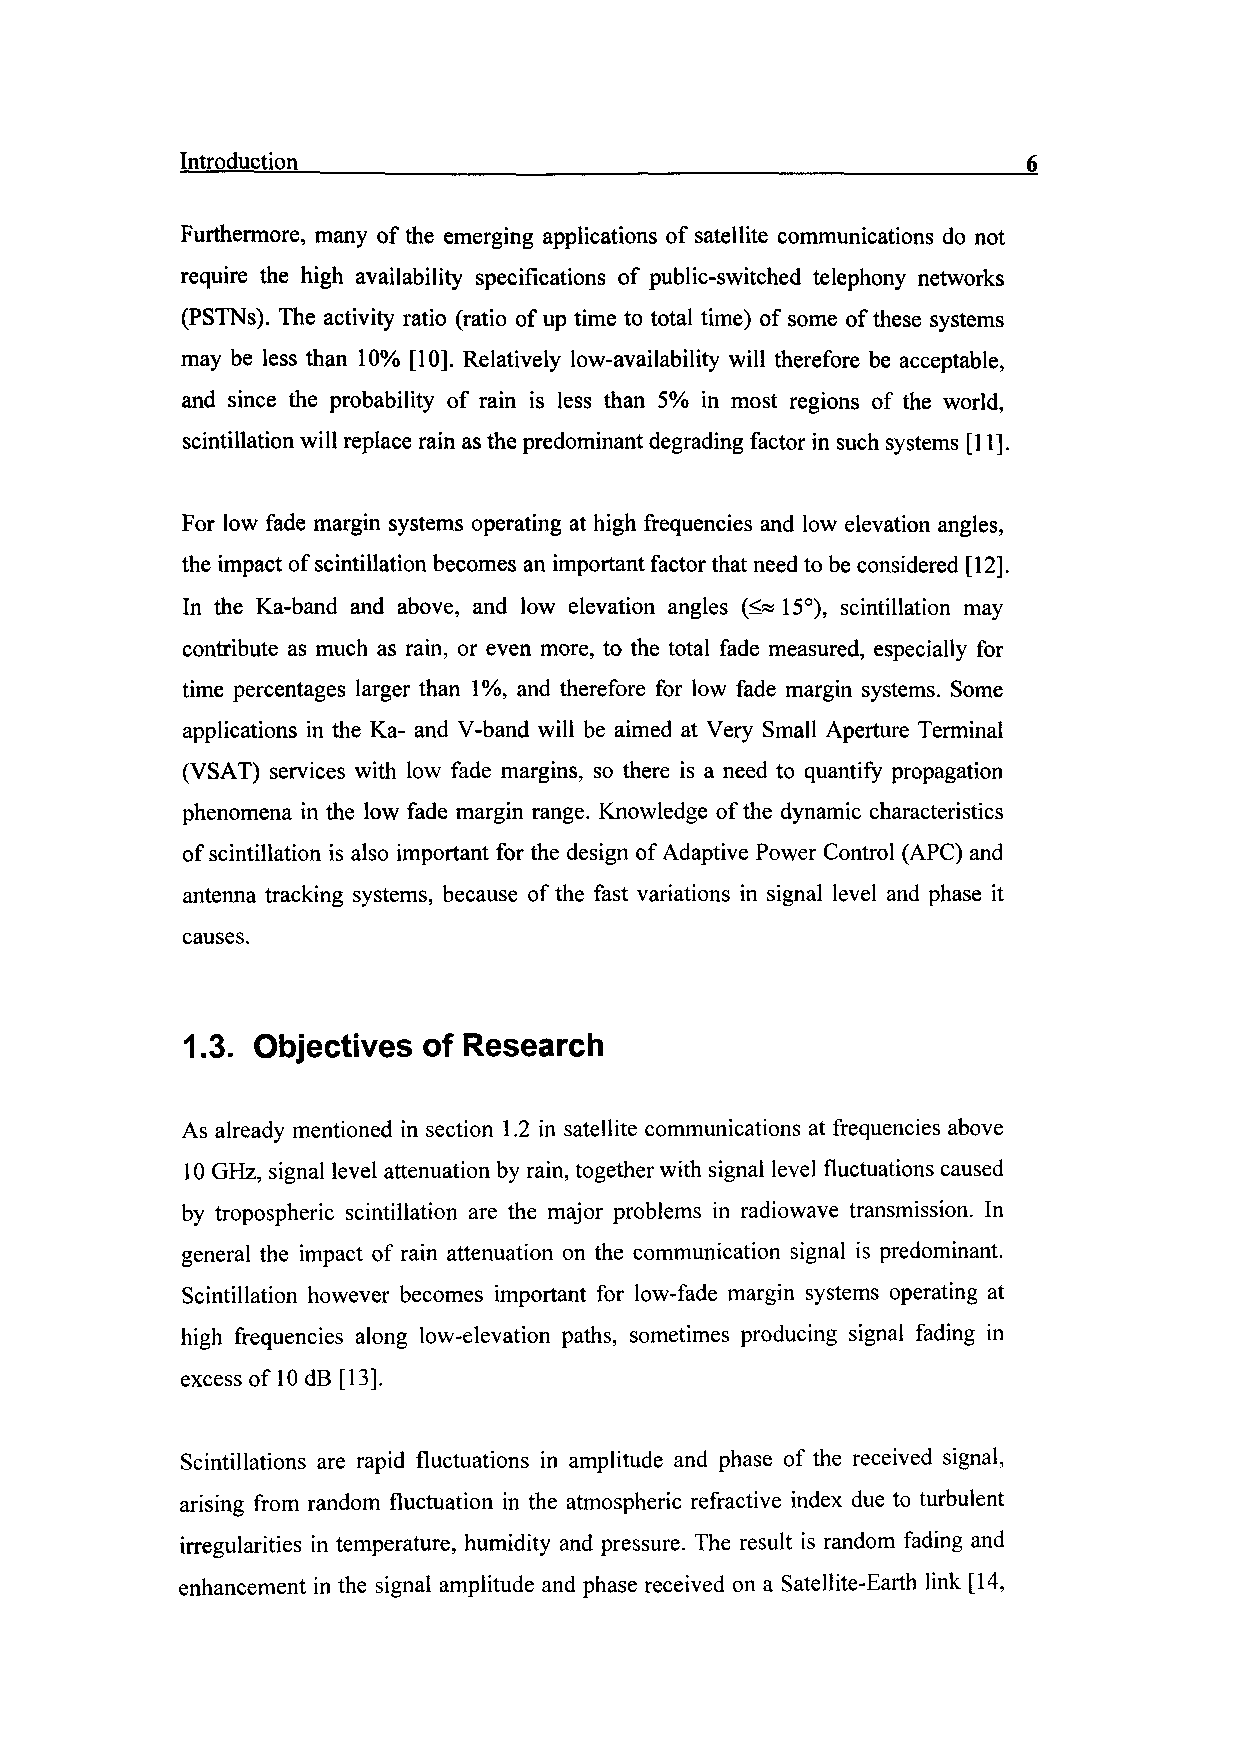
Introduction _______________________________________
 Furthermore, many of the emerging applications of satellite communications do not
 require the high availability specifications of public-switched telephony networks
 (PSTNs). The activity ratio (ratio of up time to total time) of some of these systems
 may be less than 10% [10]. Relatively low-availability will therefore be acceptable,
 and since the probability of rain is less than 5% in most regions of the world,
 scintillation will replace rain as the predominant degrading factor in such systems [11].
 For low fade margin systems operating at high frequencies and low elevation angles,
 the impact of scintillation becomes an important factor that need to be considered [12].
 In the Ka-band and above, and low elevation angles (<« 15°), scintillation may
 contribute as much as rain, or even more, to the total fade measured, especially for
 time percentages larger than 1%, and therefore for low fade margin systems. Some
 applications in the Ka- and V-band will be aimed at Very Small Aperture Terminal
 (VSAT) services with low fade margins, so there is a need to quantify propagation
 phenomena in the low fade margin range. Knowledge of the dynamic characteristics
 of scintillation is also important for the design of Adaptive Power Control (APC) and
 antenna tracking systems, because of the fast variations in signal level and phase it
 causes.
 1.3. Objectives of Research
 As already mentioned in section 1.2 in satellite communications at frequencies above
 10 GHz, signal level attenuation by rain, together with signal level fluctuations caused
 by tropospheric scintillation are the major problems in radiowave transmission. In
 general the impact of rain attenuation on the communication signal is predominant.
 Scintillation however becomes important for low-fade margin systems operating at
 high frequencies along low-elevation paths, sometimes producing signal fading in
 excess of 10 dB [13].
 Scintillations are rapid fluctuations in amplitude and phase of the received signal,
 arising from random fluctuation in the atmospheric refractive index due to turbulent
 irregularities in temperature, humidity and pressure. The result is random fading and
 enhancement in the signal amplitude and phase received on a Satellite-Earth link [14,